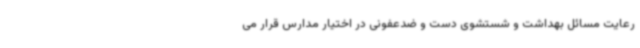
رعایت مسائل بهداشت و شستشوی دست و ضدعفونی در اختیار مدارس قرار می